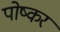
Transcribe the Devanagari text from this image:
पोष्कर